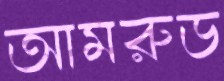
আমরুড